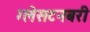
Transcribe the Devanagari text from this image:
ग्लेसटनबरी